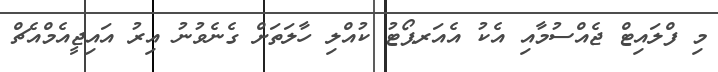
މި ފްލައިޓް ޖެއްސުމާއި އެކު އެއަރޕޯޓު ކުއްލި ހާލަަތަށް ގެނެވުނު އިރު އައިޖީއެމްއެޗް